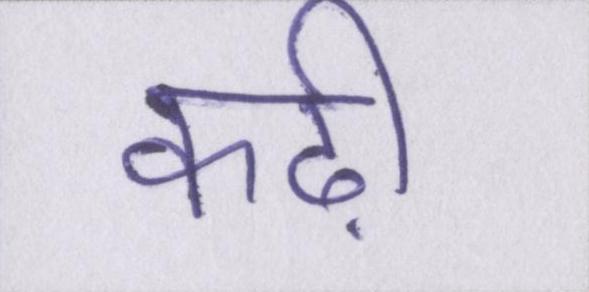
कढ़ी